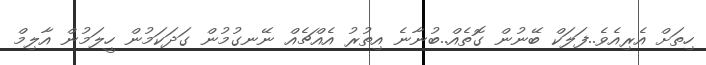
ހިތަށް އެރިއެވެ..ފަލަކް ބޭނުން ގޮތެއް..ބުނާނެ އިތުރު އެއްޗެއް ނޭނގުމުން ގަދަކަމުން ހީލަމުން އާލިމް